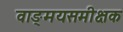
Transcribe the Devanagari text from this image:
वाङ्मयसमीक्षक